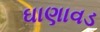
ઘાણાવડ